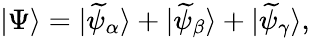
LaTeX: |\Psi\rangle=|\widetilde{\psi}_{\alpha}\rangle+|\widetilde{\psi}_{\beta}\rangle+|\widetilde{\psi}_{\gamma}\rangle,